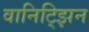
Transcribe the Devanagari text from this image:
वानिट्झिन